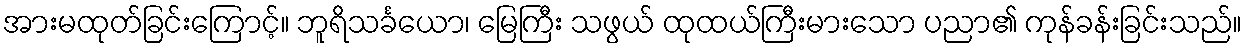
အားမထုတ်ခြင်းကြောင့်။ ဘူရိသင်္ခယော၊ မြေကြီး သဖွယ် ထုထယ်ကြီးမားသော ပညာ၏ ကုန်ခန်းခြင်းသည်။